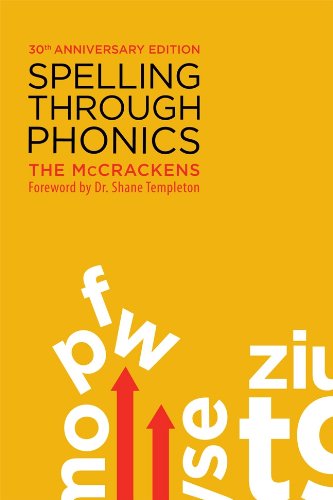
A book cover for Spelling Through Phonics: 30th Anniversary Edition; Marlene McCracken; Reference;